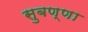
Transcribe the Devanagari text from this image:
सुबण्णा